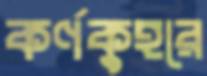
কর্ণকুহরে